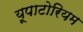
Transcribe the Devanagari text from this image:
यूपाटोरियम